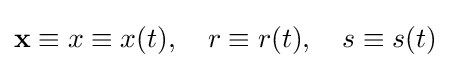
\mathbf {x} \equiv x\equiv x(t),\quad r\equiv r(t),\quad s\equiv s(t)